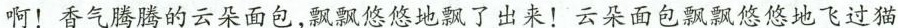
啊！香气腾腾的云朵面包，飘飘悠悠地飘了出来！云朵面包飘飘悠悠地飞过猫